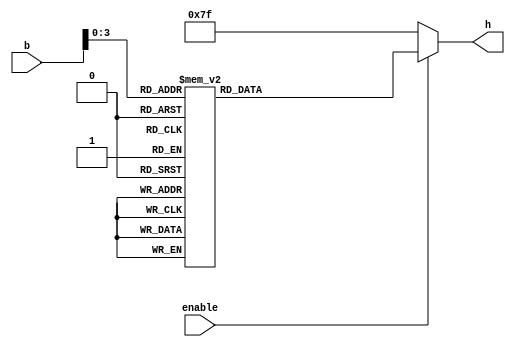
module bcd7seg(
	 input  enable,
	 input  [7:0] b,
	 output reg [6:0] h
	 );

always @ (b)
begin
if(enable) begin
	case (b[3:0])
		4'b0000 : h = 7'b1000000;
		4'b0001 : h = 7'b1111001;
		4'b0010 : h = 7'b0100100;
		4'b0011 : h = 7'b0110000;
		4'b0100 : h = 7'b0011001;
		4'b0101 : h = 7'b0010010;
		4'b0110 : h = 7'b0000010;
		4'b0111 : h = 7'b1111000;
		4'b1000 : h = 7'b0000000;
		4'b1001 : h = 7'b0010000;
		4'b1010 : h = 7'b0001000;
		4'b1011 : h = 7'b0000011;
		4'b1100 : h = 7'b1000110;
		4'b1101 : h = 7'b0100001;
		4'b1110 : h = 7'b0000110;
		4'b1111 : h = 7'b0001110;
	endcase
end
else h = 7'b1111111;
end
	 
endmodule